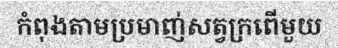
កំពុងតាមប្រមាញ់សត្វក្រពើមួយ